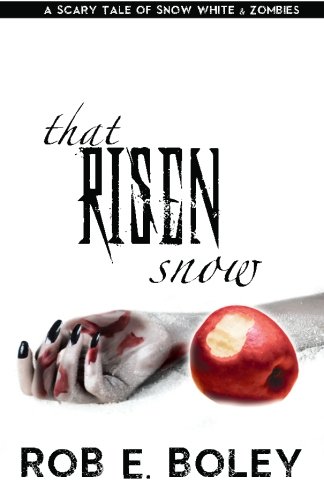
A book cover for That Risen Snow: A Scary Tale of Snow White and Zombies (The Scary Tales) (Volume 1); Rob E. Boley; Literature & Fiction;